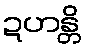
ဍဟန္တိ